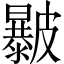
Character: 㿺